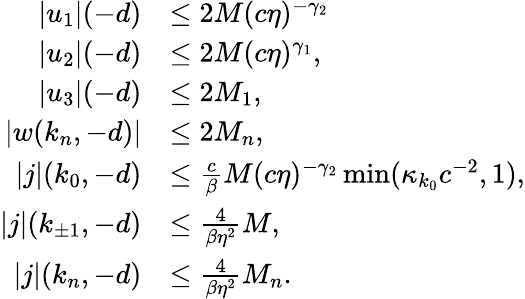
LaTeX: \begin{array}{rl}{\vert u_{1}\vert(-d)}&{\le 2M(c\eta)^{-\gamma_{2}}}\\ {\vert u_{2}\vert(-d)}&{\le 2M(c\eta)^{\gamma_{1}},}\\ {\vert u_{3}\vert(-d)}&{\le 2M_{1},}\\ {\vert w(k_{n},-d)\vert}&{\le 2M_{n},}\\ {\vert j\vert(k_{0},-d)}&{\le\frac{c}\beta M(c\eta)^{-\gamma_{2}}\operatorname*{min}(\kappa_{k_{0}}c^{-2},1),}\\ {\vert j\vert(k_{\pm 1},-d)}&{\le\frac 4{\beta\eta^{2}}M,}\\ {\vert j\vert(k_{n},-d)}&{\le\frac 4{\beta\eta^{2}}M_{n}.}\end{array}